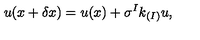
u ( x + \delta x ) = u ( x ) + \sigma ^ { I } k _ { ( I ) } u ,